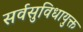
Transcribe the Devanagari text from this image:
सर्वसुविधायुक्त